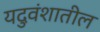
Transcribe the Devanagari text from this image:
यदुवंशातील